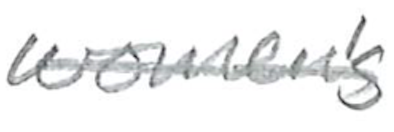
Text: women's
Cross-out: single-line
Writing tool: pencil